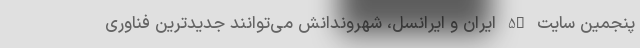
پنجمین سایت 5G ایران و ایرانسل، شهروندانش می‌توانند جدیدترین فناوری